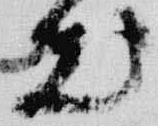
出